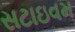
સટાઇવમ